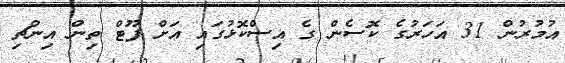
އުމުރުން 31 އަހަރުގެ ކޮސެން ގެ އިސްކޮޅުގައި އަށް ފޫޓް ތިން އިންޗި